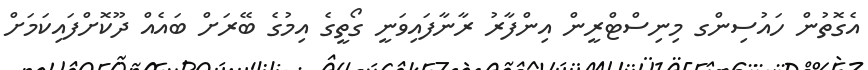
އެގޮތުން ހައުސިންގ މިނިސްޓްރީން އިންފާރު ރާނާފައިވަނީ ގޯތީގެ އިމުގެ ބޭރަށް ބައެއް ދޫކޮށްފައިކަމަށް